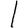
Digit: 1